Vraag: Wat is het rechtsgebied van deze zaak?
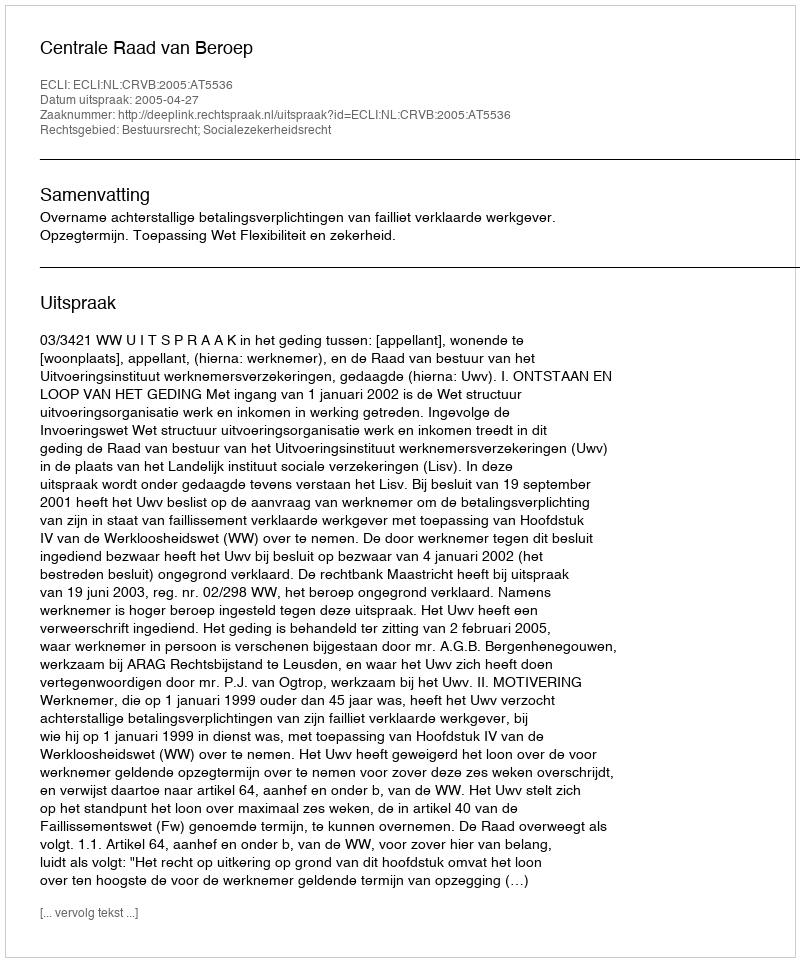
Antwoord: Bestuursrecht; Socialezekerheidsrecht